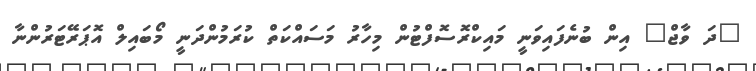
"ދަ ވާޖް" އިން ބުނެފައިވަނީ މައިކްރޮސޮފްޓުން މިހާރު މަސައްކަތް ކުރަމުންދަނީ މޯބައިލް އޮޕަރޭޓަރުންނާ